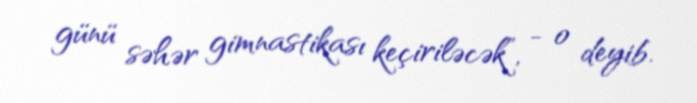
günü səhər gimnastikası keçiriləcək”, - o deyib.